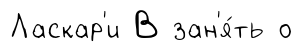
Ласкар'и В зан'я́ть о